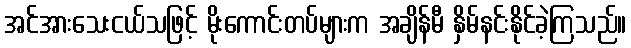
အင်အားသေးငယ်သဖြင့် မိုးကောင်းတပ်များက အချိန်မီ နှိမ်နင်းနိုင်ခဲ့ကြသည်။